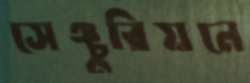
সেঞ্চুরিয়নে